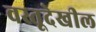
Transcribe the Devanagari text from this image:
वस्तूदेखील